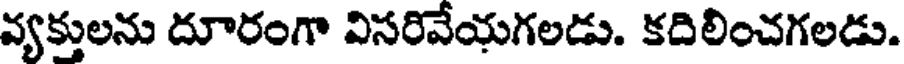
వ్యక్తులను దూరంగా విసరివేయగలడు. కదిలించగలడు.